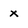
Character: x